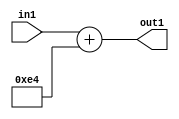
`timescale 1ps / 1ps
/*****************************************************************************
    Verilog RTL Description
    
    
    Created by: Stratus DpOpt 2019.1.01 
*******************************************************************************/

module DC_Filter_Add_12U_51_4 (
	in1,
	out1
	); /* architecture "behavioural" */ 
input [11:0] in1;
output [11:0] out1;
wire [11:0] asc001;

assign asc001 = 
	+(in1)
	+(12'B000011100100);

assign out1 = asc001;
endmodule

/* CADENCE  urn0QgA= : u9/ySgnWtBlWxVPRXgAZ4Og= ** DO NOT EDIT THIS LINE ******/